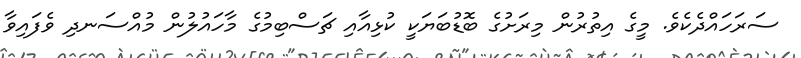
ސަރަހައްދެކެވެ. މީގެ އިތުރުން މިރަށުގެ ބޮޑުބަޔަކީ ކުޅިއާއި ޗަސްބިމުގެ މާހައުލުން މުއްސަނދި ވެފައިވާ